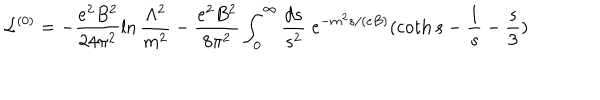
{ \cal L } ^ { ( 0 ) } = - \frac { e ^ { 2 } B ^ { 2 } } { 2 4 \pi ^ { 2 } } \ln \frac { \Lambda ^ { 2 } } { m ^ { 2 } } - \frac { e ^ { 2 } B ^ { 2 } } { 8 \pi ^ { 2 } } \int _ { 0 } ^ { \infty } \frac { d s } { s ^ { 2 } } \; e ^ { - m ^ { 2 } s / ( e B ) } ( \coth s - \frac { 1 } { s } - \frac { s } { 3 } )